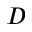
D